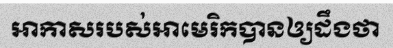
អាកាសរបស់អាមេរិកបានឲ្យដឹងថា